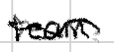
Text: team.
Cross-out: wave
Writing tool: digital_black